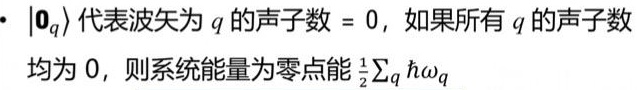
- $|\mathbf{0}_q\rangle$ 代表波矢为 $q$ 的声子数 $= 0$，如果所有 $q$ 的声子数均为 $0$，则系统能量为零点能 $\frac{1}{2}\sum_q \hbar\omega_q$